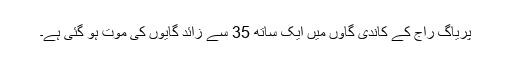
پریاگ راج کے کاندی گاؤں میں ایک ساتھ 35 سے زائد گایوں کی موت ہو گئی ہے۔